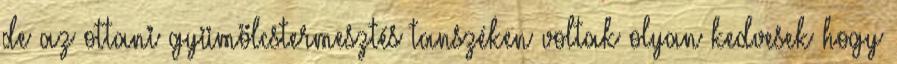
de az ottani gyümölcstermesztés tanszéken voltak olyan kedvesek hogy